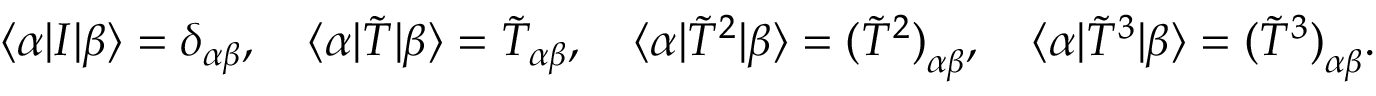
\langle { \alpha } | I | { \beta } \rangle = \delta _ { \alpha \beta } , \quad \langle { \alpha } | \tilde { T } | { \beta } \rangle = \tilde { T } _ { \alpha \beta } , \quad \langle { \alpha } | { \tilde { T } } ^ { 2 } | { \beta } \rangle = { ( { \tilde { T } } ^ { 2 } ) } _ { \alpha \beta } , \quad \langle { \alpha } | { \tilde { T } } ^ { 3 } | { \beta } \rangle = { ( { \tilde { T } } ^ { 3 } ) } _ { \alpha \beta } \nonumber .